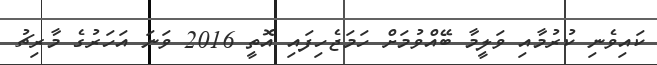
ކައިވެނި ކުރުމާއި ވަލީމާ ބޭއްވުމަށް ހަމަޖެހިފައި އޮތީ 2016 ވަނަ އަހަރުގެ މާރިޗު